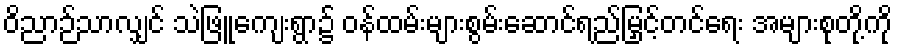
ဝိညာဉ်သာလျှင် သဲဖြူကျေးရွာ၌ ဝန်ထမ်းများစွမ်းဆောင်ရည်မြှင့်တင်ရေး အများစုတို့ကို